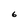
Character: 6